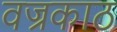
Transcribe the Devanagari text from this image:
वज्रकाठ